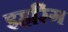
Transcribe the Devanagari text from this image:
इहरिंग